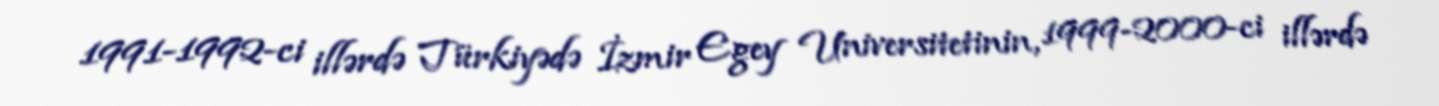
1991-1992-ci illərdə Türkiyədə İzmir Egey Universitetinin, 1999-2000-ci illərdə